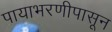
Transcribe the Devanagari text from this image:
पायाभरणीपासून